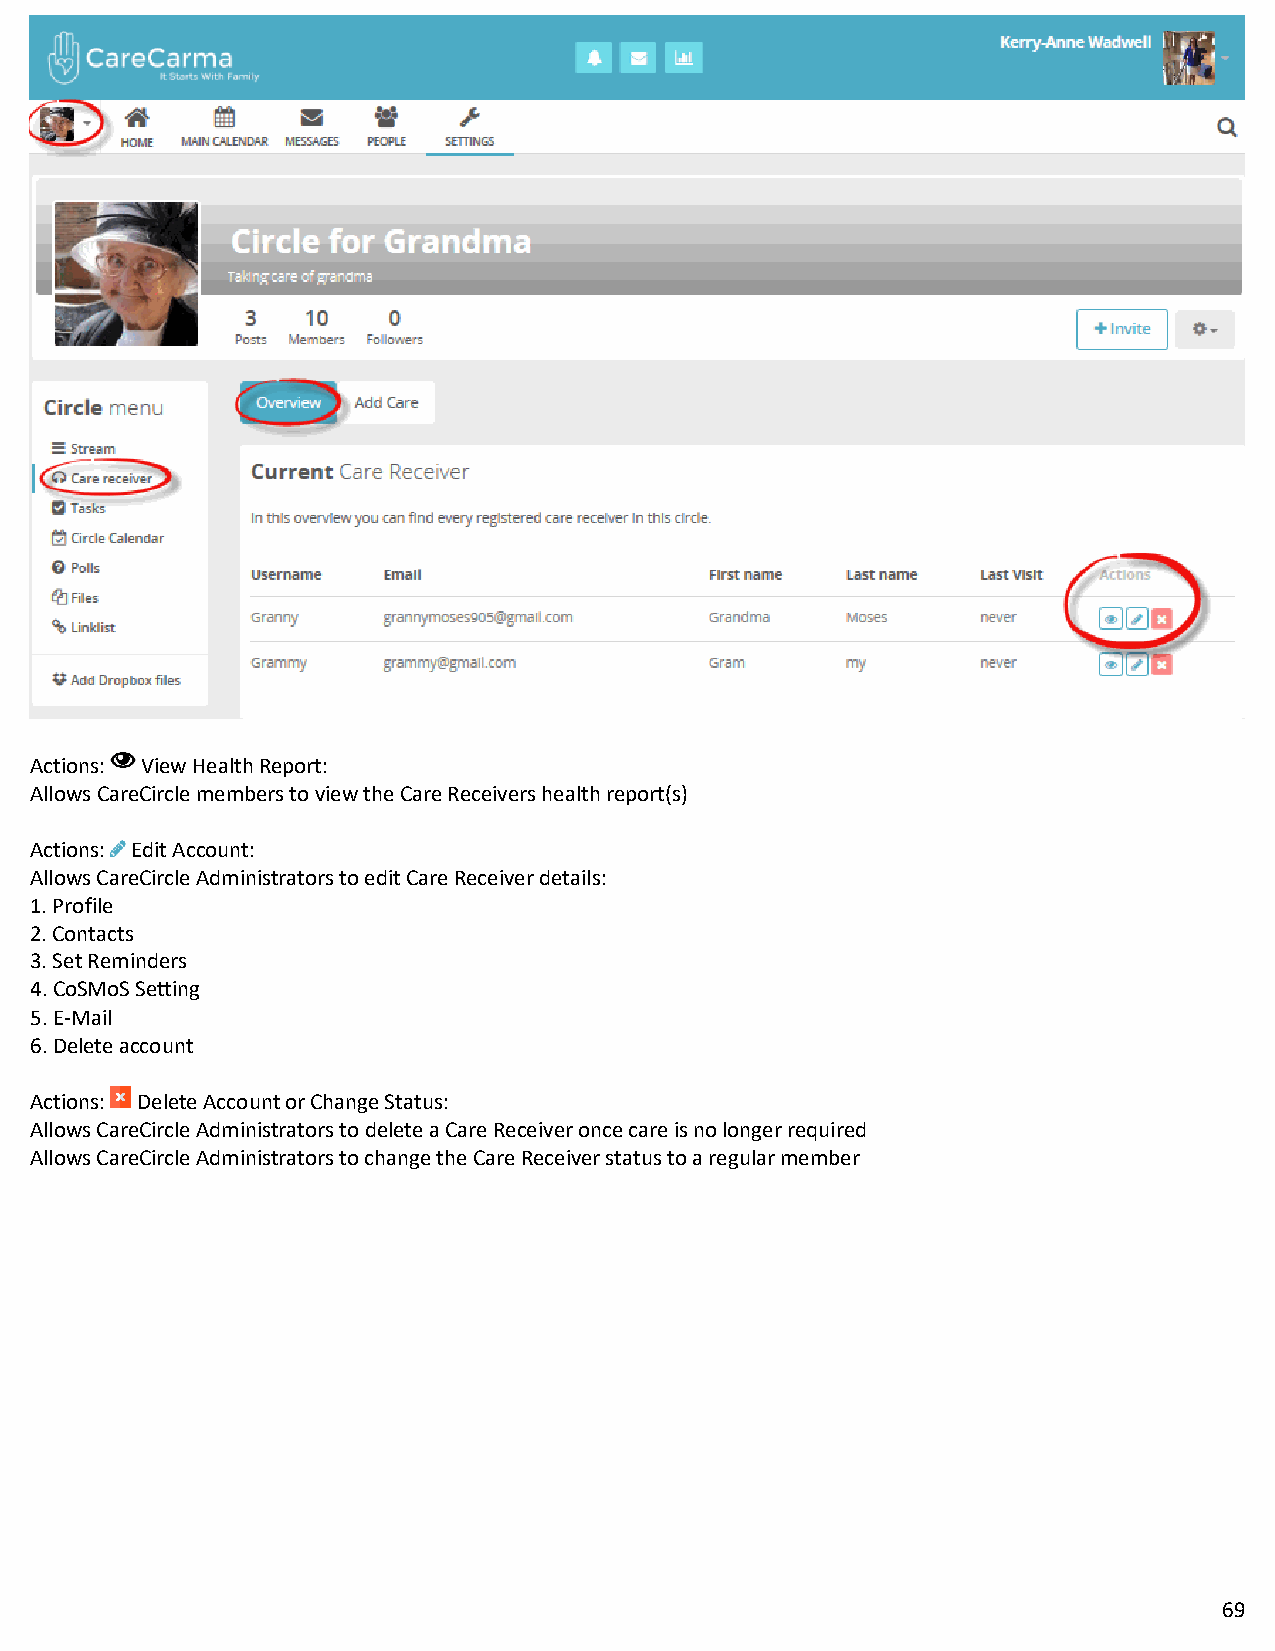
Actions: View Health Report:
 Allows CareCircle members to view the Care Receivers health report(s)
 Actions: Edit Account:
 Allows CareCircle Administrators to edit Care Receiver details:
 1. Profile
 2. Contacts
 3. Set Reminders
 4. CoSMoS Setting
 5. E-Mail
 6. Delete account
 Actions: Delete Account or Change Status:
 Allows CareCircle Administrators to delete a Care Receiver once care is no longer required
 Allows CareCircle Administrators to change the Care Receiver status to a regular member
 69